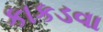
કાકડવા